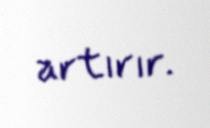
artırır.